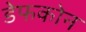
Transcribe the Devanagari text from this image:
डेफकोन